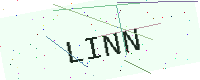
Text: LINN